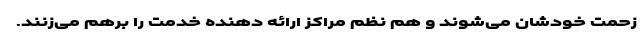
زحمت خودشان می‌شوند و هم نظم مراکز ارائه دهنده خدمت را برهم می‌زنند.